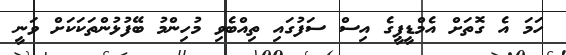
ހަމަ އެ ގޮތަށް އެމްޑީޕީގެ އިސް ސަފުގައި ތިއްބެވި މުހިންމު ބޭފުޅުންތަކަކަށް ވަނީ